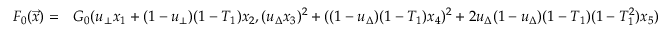
\begin{array} { r l } { F _ { 0 } ( \vec { x } ) = } & { G _ { 0 } ( u _ { \bot } x _ { 1 } + ( 1 - u _ { \bot } ) ( 1 - T _ { 1 } ) x _ { 2 } , ( u _ { \Delta } x _ { 3 } ) ^ { 2 } + ( ( 1 - u _ { \Delta } ) ( 1 - T _ { 1 } ) x _ { 4 } ) ^ { 2 } + 2 u _ { \Delta } ( 1 - u _ { \Delta } ) ( 1 - T _ { 1 } ) ( 1 - T _ { 1 } ^ { 2 } ) x _ { 5 } ) } \end{array}